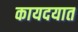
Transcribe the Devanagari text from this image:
कायदयात